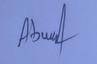
Signature authenticity: genuine